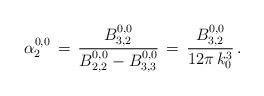
LaTeX: \begin{align*}\alpha_2^{0,0}\,=\,\frac{B_{3,2}^{0,0}}{B_{2,2}^{0,0}-B_{3,3}^{0,0}}\,=\,\frac{B_{3,2}^{0,0}}{12\pi\,k_0^3}\,.\end{align*}